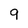
Character: 9